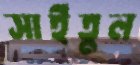
সাইতুল